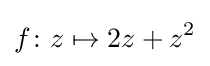
f\colon z\mapsto 2z+z^{2}